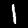
Label: 1